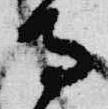
寺